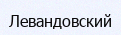
Левандовский